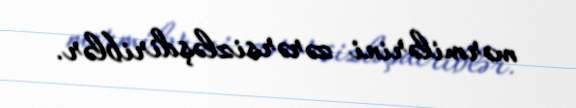
mərmilərini zərərsizləşdiriblər.